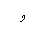
Letter: _waw